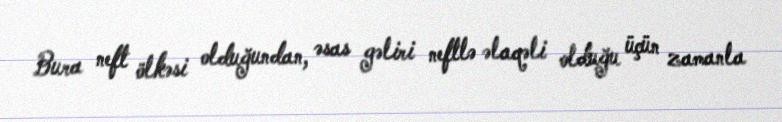
Bura neft ölkəsi olduğundan, əsas gəliri neftlə əlaqəli olduğu üçün zamanla